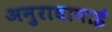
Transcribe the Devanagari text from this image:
अनुराधाबाई